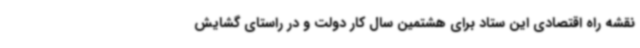
نقشه راه اقتصادی این ستاد برای هشتمین سال کار دولت و در راستای گشایش